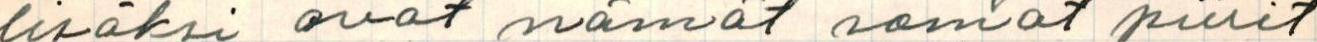
lisäksi ovat nämät somat piirit